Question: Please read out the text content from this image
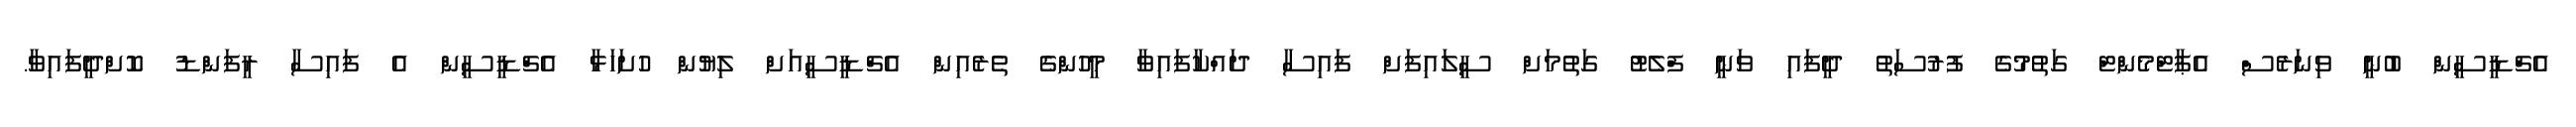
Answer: އެޗްޑީސީން ބުނީ ވިނަރެސް އެޕާޓްމެންޓް ގަތުމުގެ ފުރުސަތު ދީފައި ވަނީ ފްލެޓު ގަތުމަށް ސީލައިފަށް ފައިސާ ދައްކާފައިވާ މީހުންގެ ތެރެއިން އެޗްޑީސީއަށް ލިޔުން ހުށަހަޅާ އެޗްޑީސީން އެ ފައިސާ ރީފަންޑު ކޮށްދީފައިވާ.